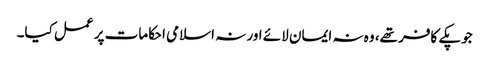
جو پکے کافر تھے، وہ نہ ایمان لائے اور نہ اسلامی احکامات پر عمل کیا۔